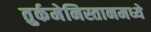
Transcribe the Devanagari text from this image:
तुर्कमेनिस्तानमध्ये